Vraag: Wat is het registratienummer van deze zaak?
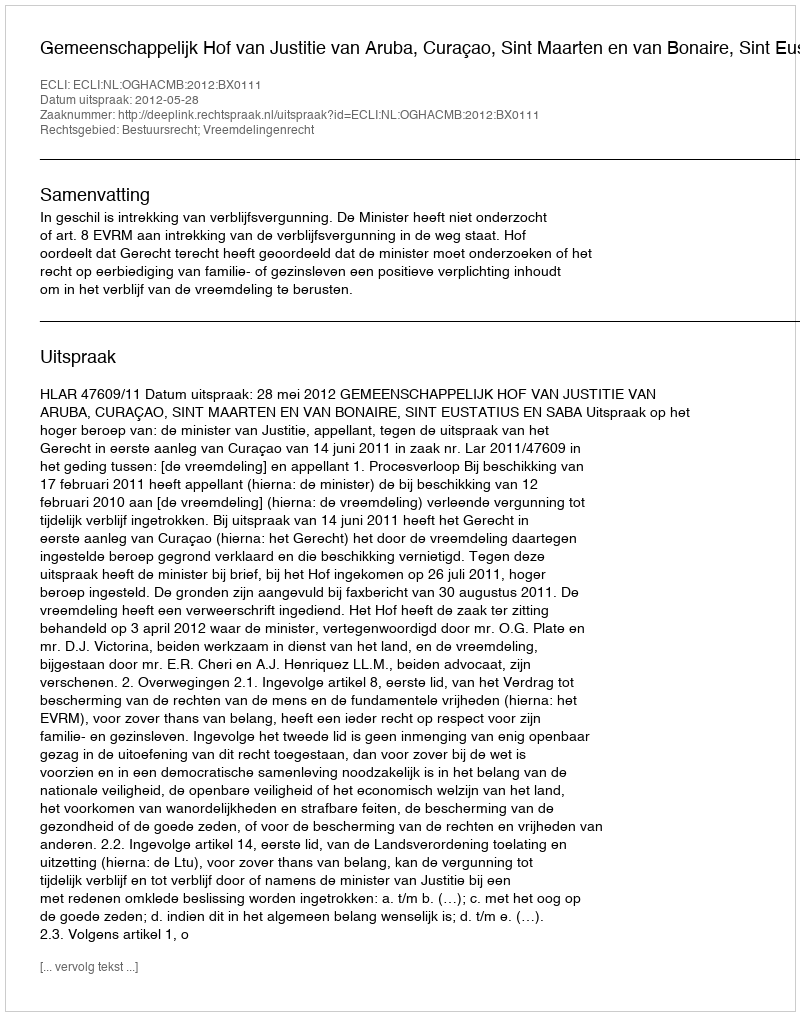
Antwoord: http://deeplink.rechtspraak.nl/uitspraak?id=ECLI:NL:OGHACMB:2012:BX0111